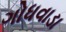
ગોધવાડા